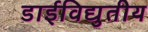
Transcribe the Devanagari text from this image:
डाईविद्युतीय